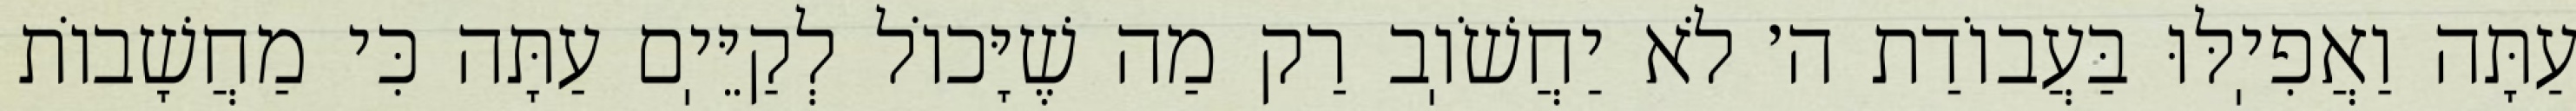
עַתָּה וַאֲפִיֽלּוּ בַּעֲבוֹדַת ה׳ לֹא יַחֲשֹׁוֽב רַק מַה שֶׁיָּכוֹל לְקַיֵּיֽם עַתָּה כִּי מַחֲשָׁבוֹת